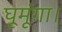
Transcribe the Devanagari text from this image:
घूमूंगा।